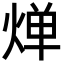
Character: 𬊤